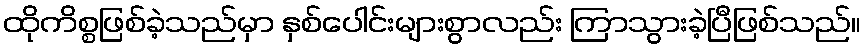
ထိုကိစ္စဖြစ်ခဲ့သည်မှာ နှစ်ပေါင်းများစွာလည်း ကြာသွားခဲ့ပြီဖြစ်သည်။